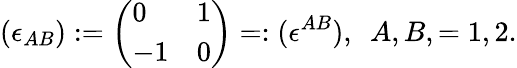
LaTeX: (\epsilon_{AB}):=\left(\begin{array}{ll}{{0}}&{{1}}\\ {{-1}}&{{0}}\end{array}\right)=:(\epsilon^{AB}),\ \ A,B,=1,2.